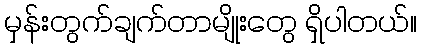
မှန်းတွက်ချက်တာမျိုးတွေ ရှိပါတယ်။